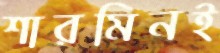
শারমিনই